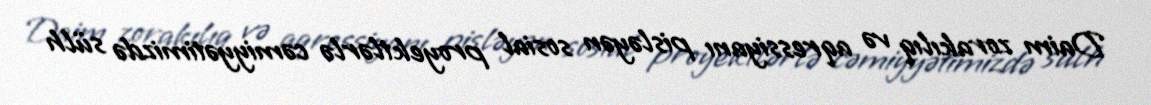
Daim zorakılıq və aqressiyanı pisləyən sosial proyektlərlə cəmiyyətimizdə sülh